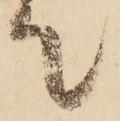
て